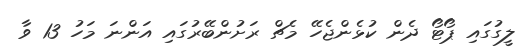
ލީގުގައި ޕޯޓޯ ދެން ކުޅެންޖެހޭ މެޗް ރަށުންބޭރުގައި އަންނަ މަހު 13 ވާ